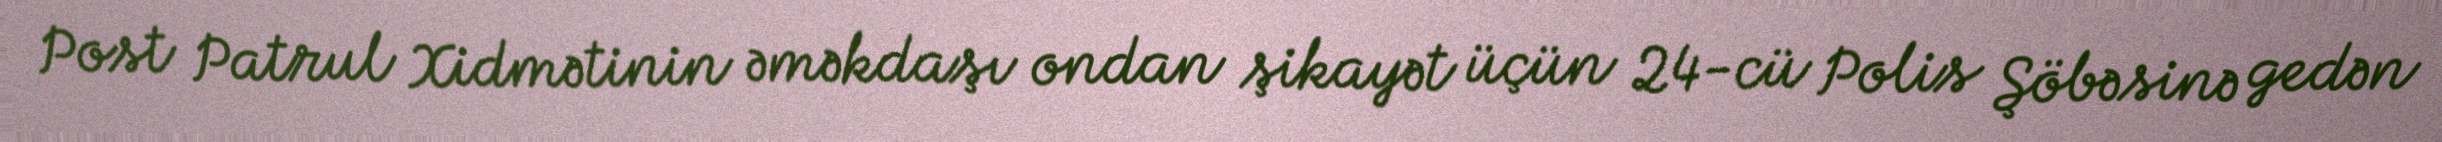
Post Patrul Xidmətinin əməkdaşı ondan şikayət üçün 24-cü Polis Şöbəsinə gedən